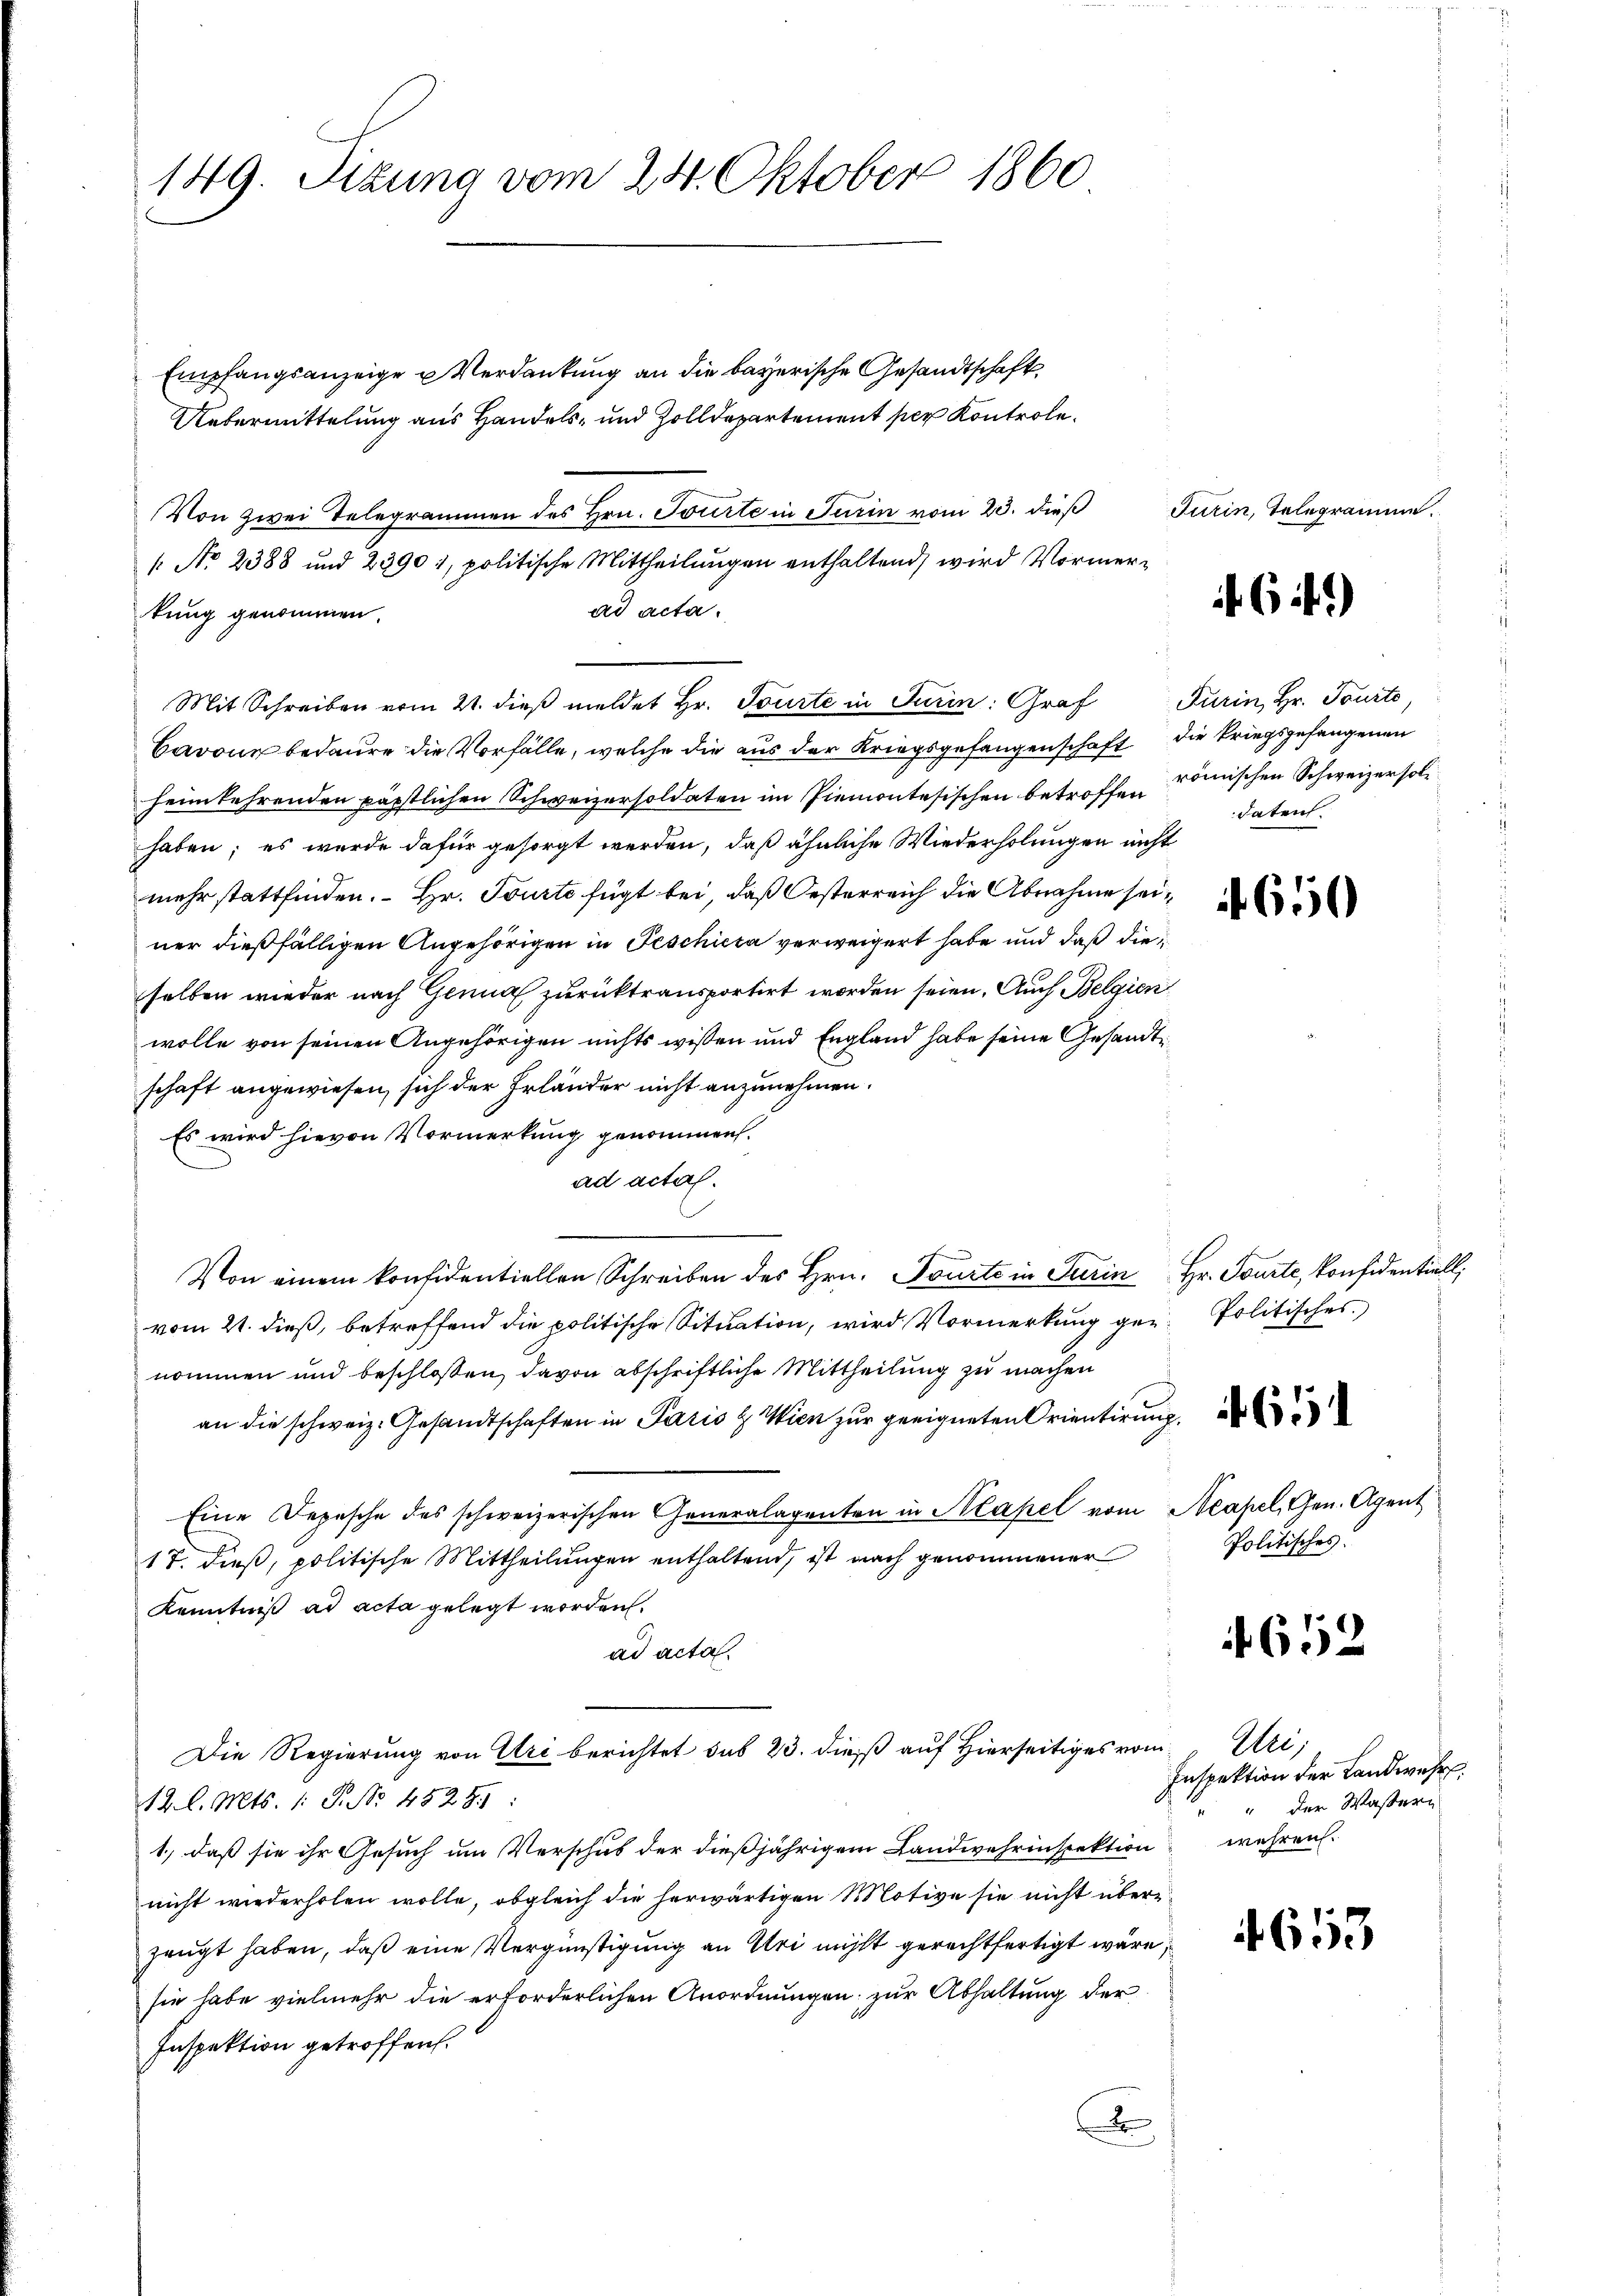
149. Sizung vom 24. Oktober 1860

Empfangsanzeige u Verdankung an die bayerische Gesandtschaft,
Uebermittelung aus Handels- und Zolldepartement per Kontrole.
Von zwei Telegrammen des Hrn. Tourte in Turin vom 23. dieβ Turin, Telegramme
[ No 2388 und 23901, politische Mittheilungen enthaltend, wird Vormerad acta.
kung genommen.
Mit Schreiben vom 21. dieß meldet Hr. Tourte in Turin: Graf Turin, Hr. Tourte
Cavous bedaure die Vorfälle, welche die aus der Kriegsgefangenschaft die kriegsgefangenen
heimkehrenden päpstlichen Schweizersoldaten im Piemontesischen betroffen römischen Schweizer solhaben; es wurde dafür gesorgt werden, daß ähnliche Wiederholungen nicht
mehr stattfinden. – Hr. Tourte fügt bei, daß Oesterreich die Abnahme seiner dießfälligen Angehörigen in Feschiera verweigert habe und daß die
selben wieder nach Genua zurücktransportirt worden seien. Auch Belgien
wolle von seinen Angehörigen nichts wissen und England habe seine Gesandt
schaft angewiesen, sich der Erländer nicht anzunehmen.
Es wird hievon Vormerkung genommen.
ad acta.
Von einem konsidentiellen Schreiben des Hrn. Tourte in Turin Hr. Fourte, konsidentiell
vom 21. dieß, betreffend die politische Situation, wird Vormerkung ger- Politisches
nommen und beschlossen, davon abschriftliche Mittheilung zu machen
an die schweiz. Gesandtschaften in Paris u. Wien zur geeigneten Orientirung
Eine Depesche des schweizerischen Generalagenten in Kapel vom Neapel, Gen. Agent
17. dieß, politische Mittheilungen enthaltend, ist nach genommener
Kenntniß ad acta gelegt worden.
ad acta
Die Regierung von Uri berichtet sub 23. dieß auf Hierseitiges vom
12. l. Mts. 1. P. No. 45281:
1.) daß sie ihr Gesuch um Verschub der dießjährigem Landwehrinspektion wahren.
nicht wiederholen wolle, obgleich die herwärtigen Motive sie nicht überzeugt haben, daß eine Vergünstigung an Uri nicht gerechtfertigt wäre,
sie habe vielmehr die erforderlichen Anordnungen zur Abhaltung der
Inspektion getroffen.
x

if. 6 f.)

datent.

650

Politisches.

652

Hei
Inspektion der Landwehr,
" " der Wassern

653